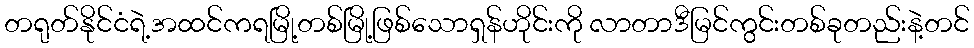
တရုတ်နိုင်ငံရဲ့အထင်ကရမြို့တစ်မြို့ဖြစ်သောရှန်ဟိုင်းကို လာတာဒီမြင်ကွင်းတစ်ခုတည်းနဲ့တင်